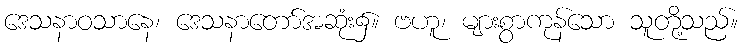
ဒေသနာဝသာနေ၊ ဒေသနာတော်အဆုံး၌။ ဗဟူ၊ များစွာကုန်သော သူတို့သည်။